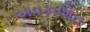
અવકાશિત